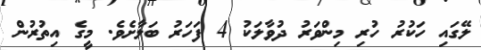
ލޭގައި ހަކުރު ހުރި މިންވަރު ދުވާލަކު 4 ފަހަރު ބަލާށެވެ. މީގެ އިތުރުން